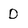
Character: D